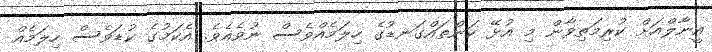
އީނާލްއަށް ކުރިމަތިވާން މި އުޅޭ ކަންތައްގަނޑުގެ ހިލަމެއްވެސް ނުވެއެވެ. އެކަމުގެ ކުޑަވެސް ހިލަމެއް